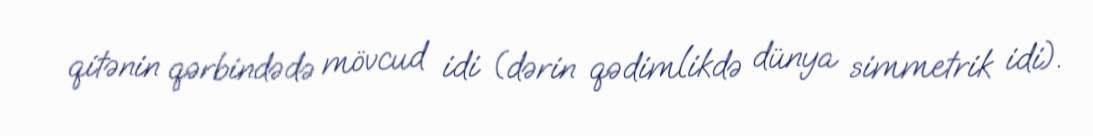
qitənin qərbindədə mövcud idi (dərin qədimlikdə dünya simmetrik idi).